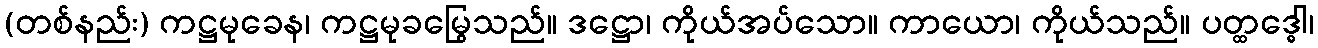
(တစ်နည်း) ကဋ္ဌမုခေန၊ ကဋ္ဌမုခမြွေသည်။ ဒဋ္ဌော၊ ကိုယ်အပ်သော။ ကာယော၊ ကိုယ်သည်။ ပတ္ထဒ္ဓေါ၊